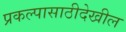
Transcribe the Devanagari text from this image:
प्रकल्पासाठीदेखील